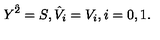
Y ^ { \hat { 2 } } = S , { \hat { V } } _ { i } = V _ { i } , i = 0 , 1 .